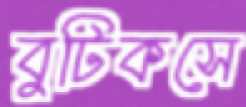
বুটিকসে